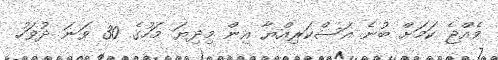
ވެއްޖެ ކަމަށް ބުނެ އަސްކަރިއްޔާ އިން މިދިޔަ މަހުގެ 30 ވަނަ ދުވަހު